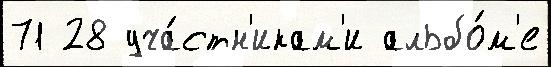
71 28 уча́стн'икам'и альбо́м'е